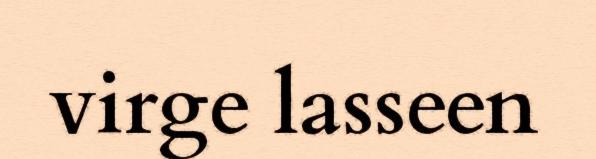
virge lasseen